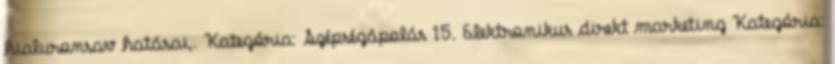
hialuronsav hatásai,. Kategória: Szépségápolás 15. Elektronikus direkt marketing Kategória: